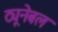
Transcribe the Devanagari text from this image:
ट्यूनेबल